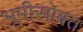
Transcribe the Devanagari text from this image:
भूमीसोबत